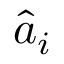
{ \hat { a } _ { i } }